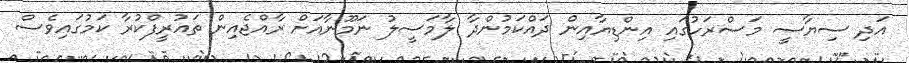
އަދި ސިޔާސީ މަސްރަހުގައި އިންޑިޔާއިން ދައްކަމުންދާ ލާމަސީލު ނަމޫނާއަށް ރާއްޖެއިން ތައުރީފްކުރާ ކަމުގައިވެސް